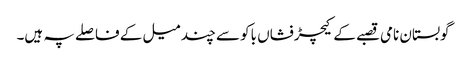
گوبستان نامی قصبے کے کیچڑفشاں باکو سے چند میل کے فاصلے پہ ہیں۔